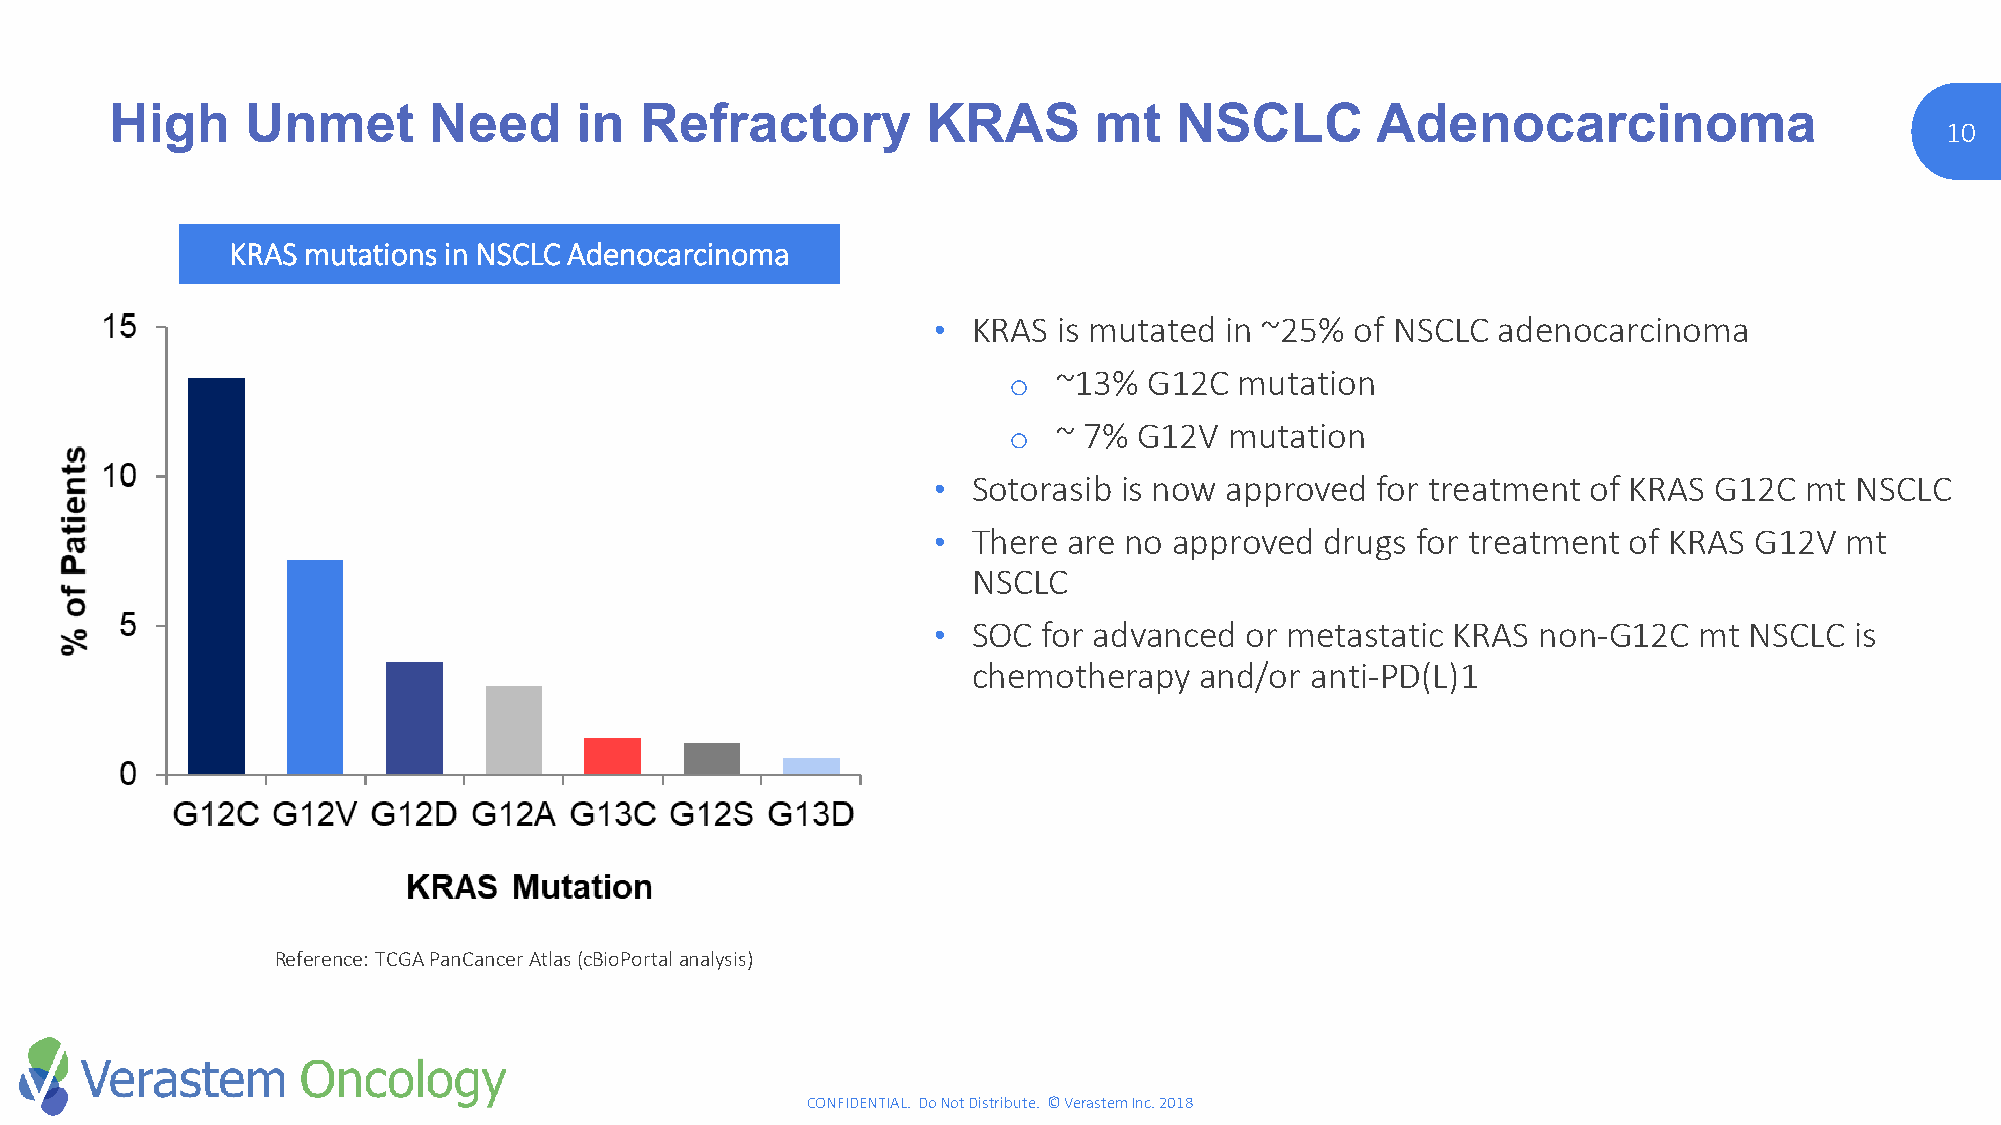
High     Unmet       Need      in  Refractory         KRAS       mt    NSCLC        Adenocarcinoma
 10
 KRAS mutations in NSCLC Adenocarcinoma
 • KRAS  is mutated in ~25%  of NSCLC adenocarcinoma
 ~13%  G12C  mutation
 o
 ~ 7% G12V  mutation
 o
 • Sotorasib is now approved  for treatment of KRAS G12C  mt  NSCLC
 • There  are no approved  drugs for treatment of KRAS G12V  mt
 NSCLC
 • SOC  for advanced or metastatic KRAS  non-G12C  mt  NSCLC  is
 chemotherapy   and/or  anti-PD(L)1
 Reference: TCGA PanCancerAtlas (cBioPortalanalysis)
 CONFIDENTIAL. Do Not Distribute. © Verastem Inc. 2018